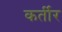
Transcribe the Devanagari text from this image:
कर्तीर